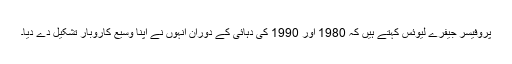
پروفیسر جیفرے لیوئس کہتے ہیں کہ 1980 اور 1990 کی دہائی کے دوران اُنہوں نے اپنا وسیع کاروبار تشکیل دے دیا۔